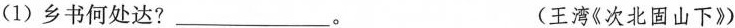
(1)乡书何处达?___。 (王湾《次北固山下》)